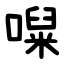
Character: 㘀